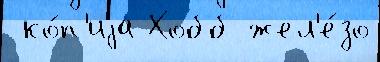
 ко́п'иjа Хобб жел'е́зо